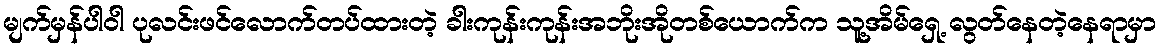
မျက်မှန်ပါဝါ ပုလင်းဖင်လောက်တပ်ထားတဲ့ ခါးကုန်းကုန်းအဘိုးအိုတစ်ယောက်က သူ့အိမ်ရှေ့ လွတ်နေတဲ့နေရာမှာ